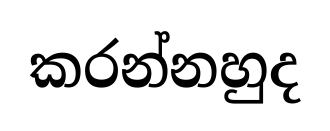
කරන්නහුද